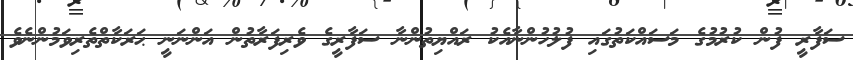
ސަފާރީ ފުން ކުރުމުގެ މަސައްކަތުގައި ފުލުހުންނާއެކު ރައްޔިތުންނާ ސަފާރީގެ ވެރިފަރާތުން އަންނަނީ ޙަރަކާތްތެރިވަމުންނެވެ